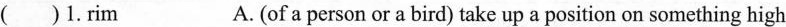
( )1.Rim A. (of a person or a bird) take up a position on something high